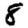
Digit: 8